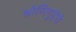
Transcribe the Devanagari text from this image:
श्रोणिगुहेचे